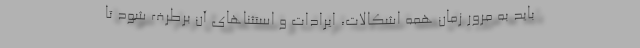
باید به ‌مرور زمان همه اشکالات، ایرادات و استثناهای آن برطرف شود تا